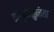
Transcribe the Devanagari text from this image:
काँस्तेनतुनिया